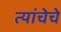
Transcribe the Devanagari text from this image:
त्यांचेचे